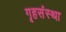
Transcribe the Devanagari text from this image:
गृहसंस्था